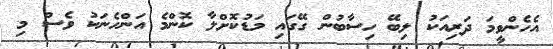
އެހެންވީމަ ދަރިއަކު ލިބޭ ހިސާބުން ގޭގައި މަޑުކޮށްލާ ކޮންމެ އަންހެނަކު ވެސް މި